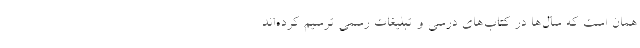
همان است که سال‌ها در کتاب‌های درسی و تبلیغات رسمی ترسیم کرده‌اند